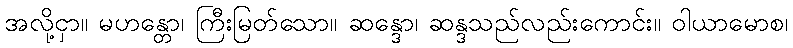
အလို့ငှာ။ မဟန္တော၊ ကြီးမြတ်သော။ ဆန္ဒော၊ ဆန္ဒသည်လည်းကောင်း။ ဝါယာမောစ၊